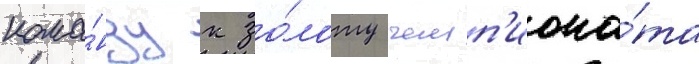
кома́нду к зо́лоту чемп'иона́та